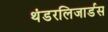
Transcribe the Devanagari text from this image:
थंडरलिजार्डस